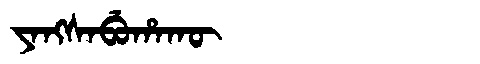
Manchu: ᠶᠠᠩᠰᠠᠪᡠᡥᠠᡴᡡ
Romanization: YANGSABUHAKŪ